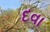
દવા